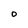
Character: O